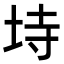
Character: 𭎒